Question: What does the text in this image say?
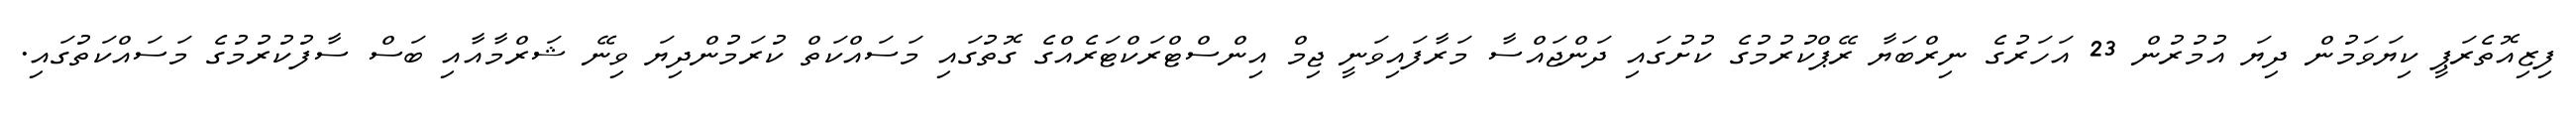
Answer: ފިޒިއޮތެރަޕީ ކިޔަވަމުން ދިޔަ އުމުރުން 23 އަހަރުގެ ނިރްބަޔާ ރޭޕްކުރުމުގެ ކުށުގައި ދަންޖައްސާ މަރާފައިވަނީ ޖިމް އިންސްޓްރަކްޓަރެއްގެ ގޮތުގައި މަސައްކަތް ކުރަމުންދިޔަ ވިނޭ ޝަރްމާއާއި ބަސް ސާފުކުރުމުގެ މަސައްކަތުގައި.